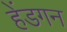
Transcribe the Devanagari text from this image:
हेंडगन